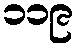
၁၁၉